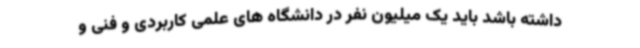
داشته باشد باید یک میلیون نفر در دانشگاه های علمی کاربردی و فنی و